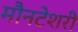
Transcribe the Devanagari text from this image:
मौनटेशरी